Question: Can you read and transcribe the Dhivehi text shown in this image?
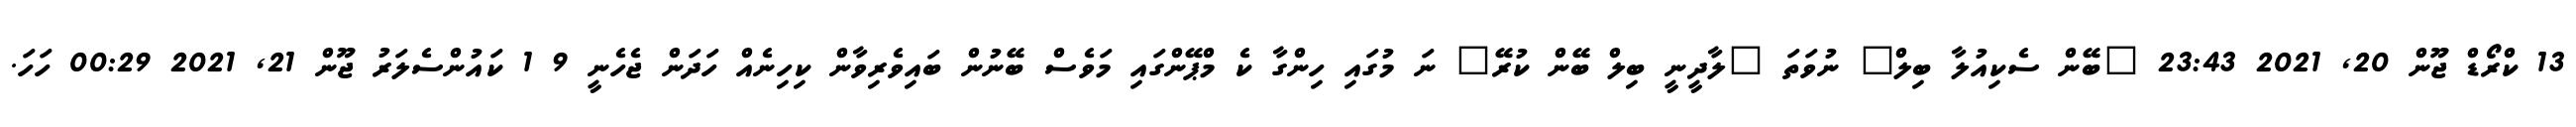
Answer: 13 ކްރޯޑް ޖޫން 20, 2021 23:43 "ބޭން ސެކިއުލާ ބިލް" ނުވަތަ "ލާދީނީ ބިލް ބޭން ކުރޭ" ނަ މުގައި ހިންގާ ކެ މްޕޭންގައި މަވެސް ބޭނުން ބައިވެރިވާން ކިހިނެއް ހަދަން ޖެހެނީ 9 1 ކައުންސެލަރު ޖޫން 21, 2021 00:29 ހަހަ.